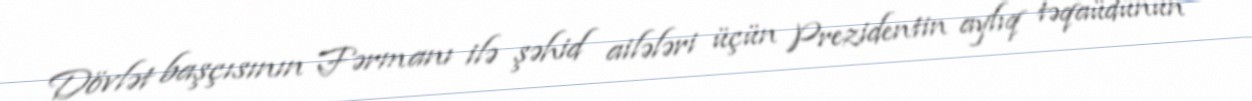
Dövlət başçısının Fərmanı ilə şəhid ailələri üçün Prezidentin aylıq təqaüdünün